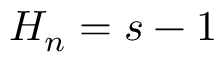
H _ { n } = s - 1